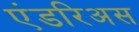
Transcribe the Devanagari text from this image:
एंडरिअस